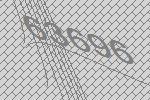
63696